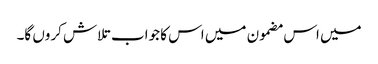
میں اس مضمون میں اس کا جواب تلاش کروں گا۔